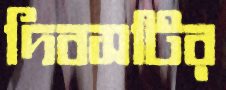
দিবসটির